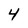
Character: 4